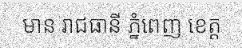
មាន រាជធានី ភ្នំពេញ ខេត្ត